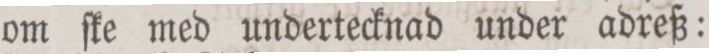
om ſke med undertecknad under adreß: